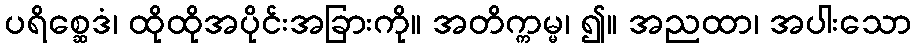
ပရိစ္ဆေဒံ၊ ထိုထိုအပိုင်းအခြားကို။ အတိက္ကမ္မ၊ ၍။ အညထာ၊ အပါးသော